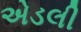
એડલી